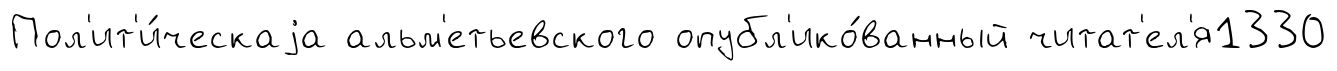
Пол'ит'и́ческаjа альм'етьевского опубл'ико́ванный читат'ел'я1330